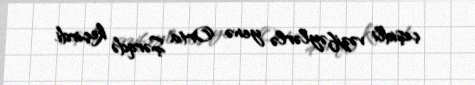
çeşidli vəzifəylərlə yenə Orta Şərqdə keçirdi.